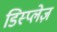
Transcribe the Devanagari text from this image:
डिस्प्लेज़